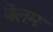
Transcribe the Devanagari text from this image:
वेलम